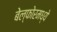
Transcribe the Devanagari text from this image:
बेल्फोरमध्ये